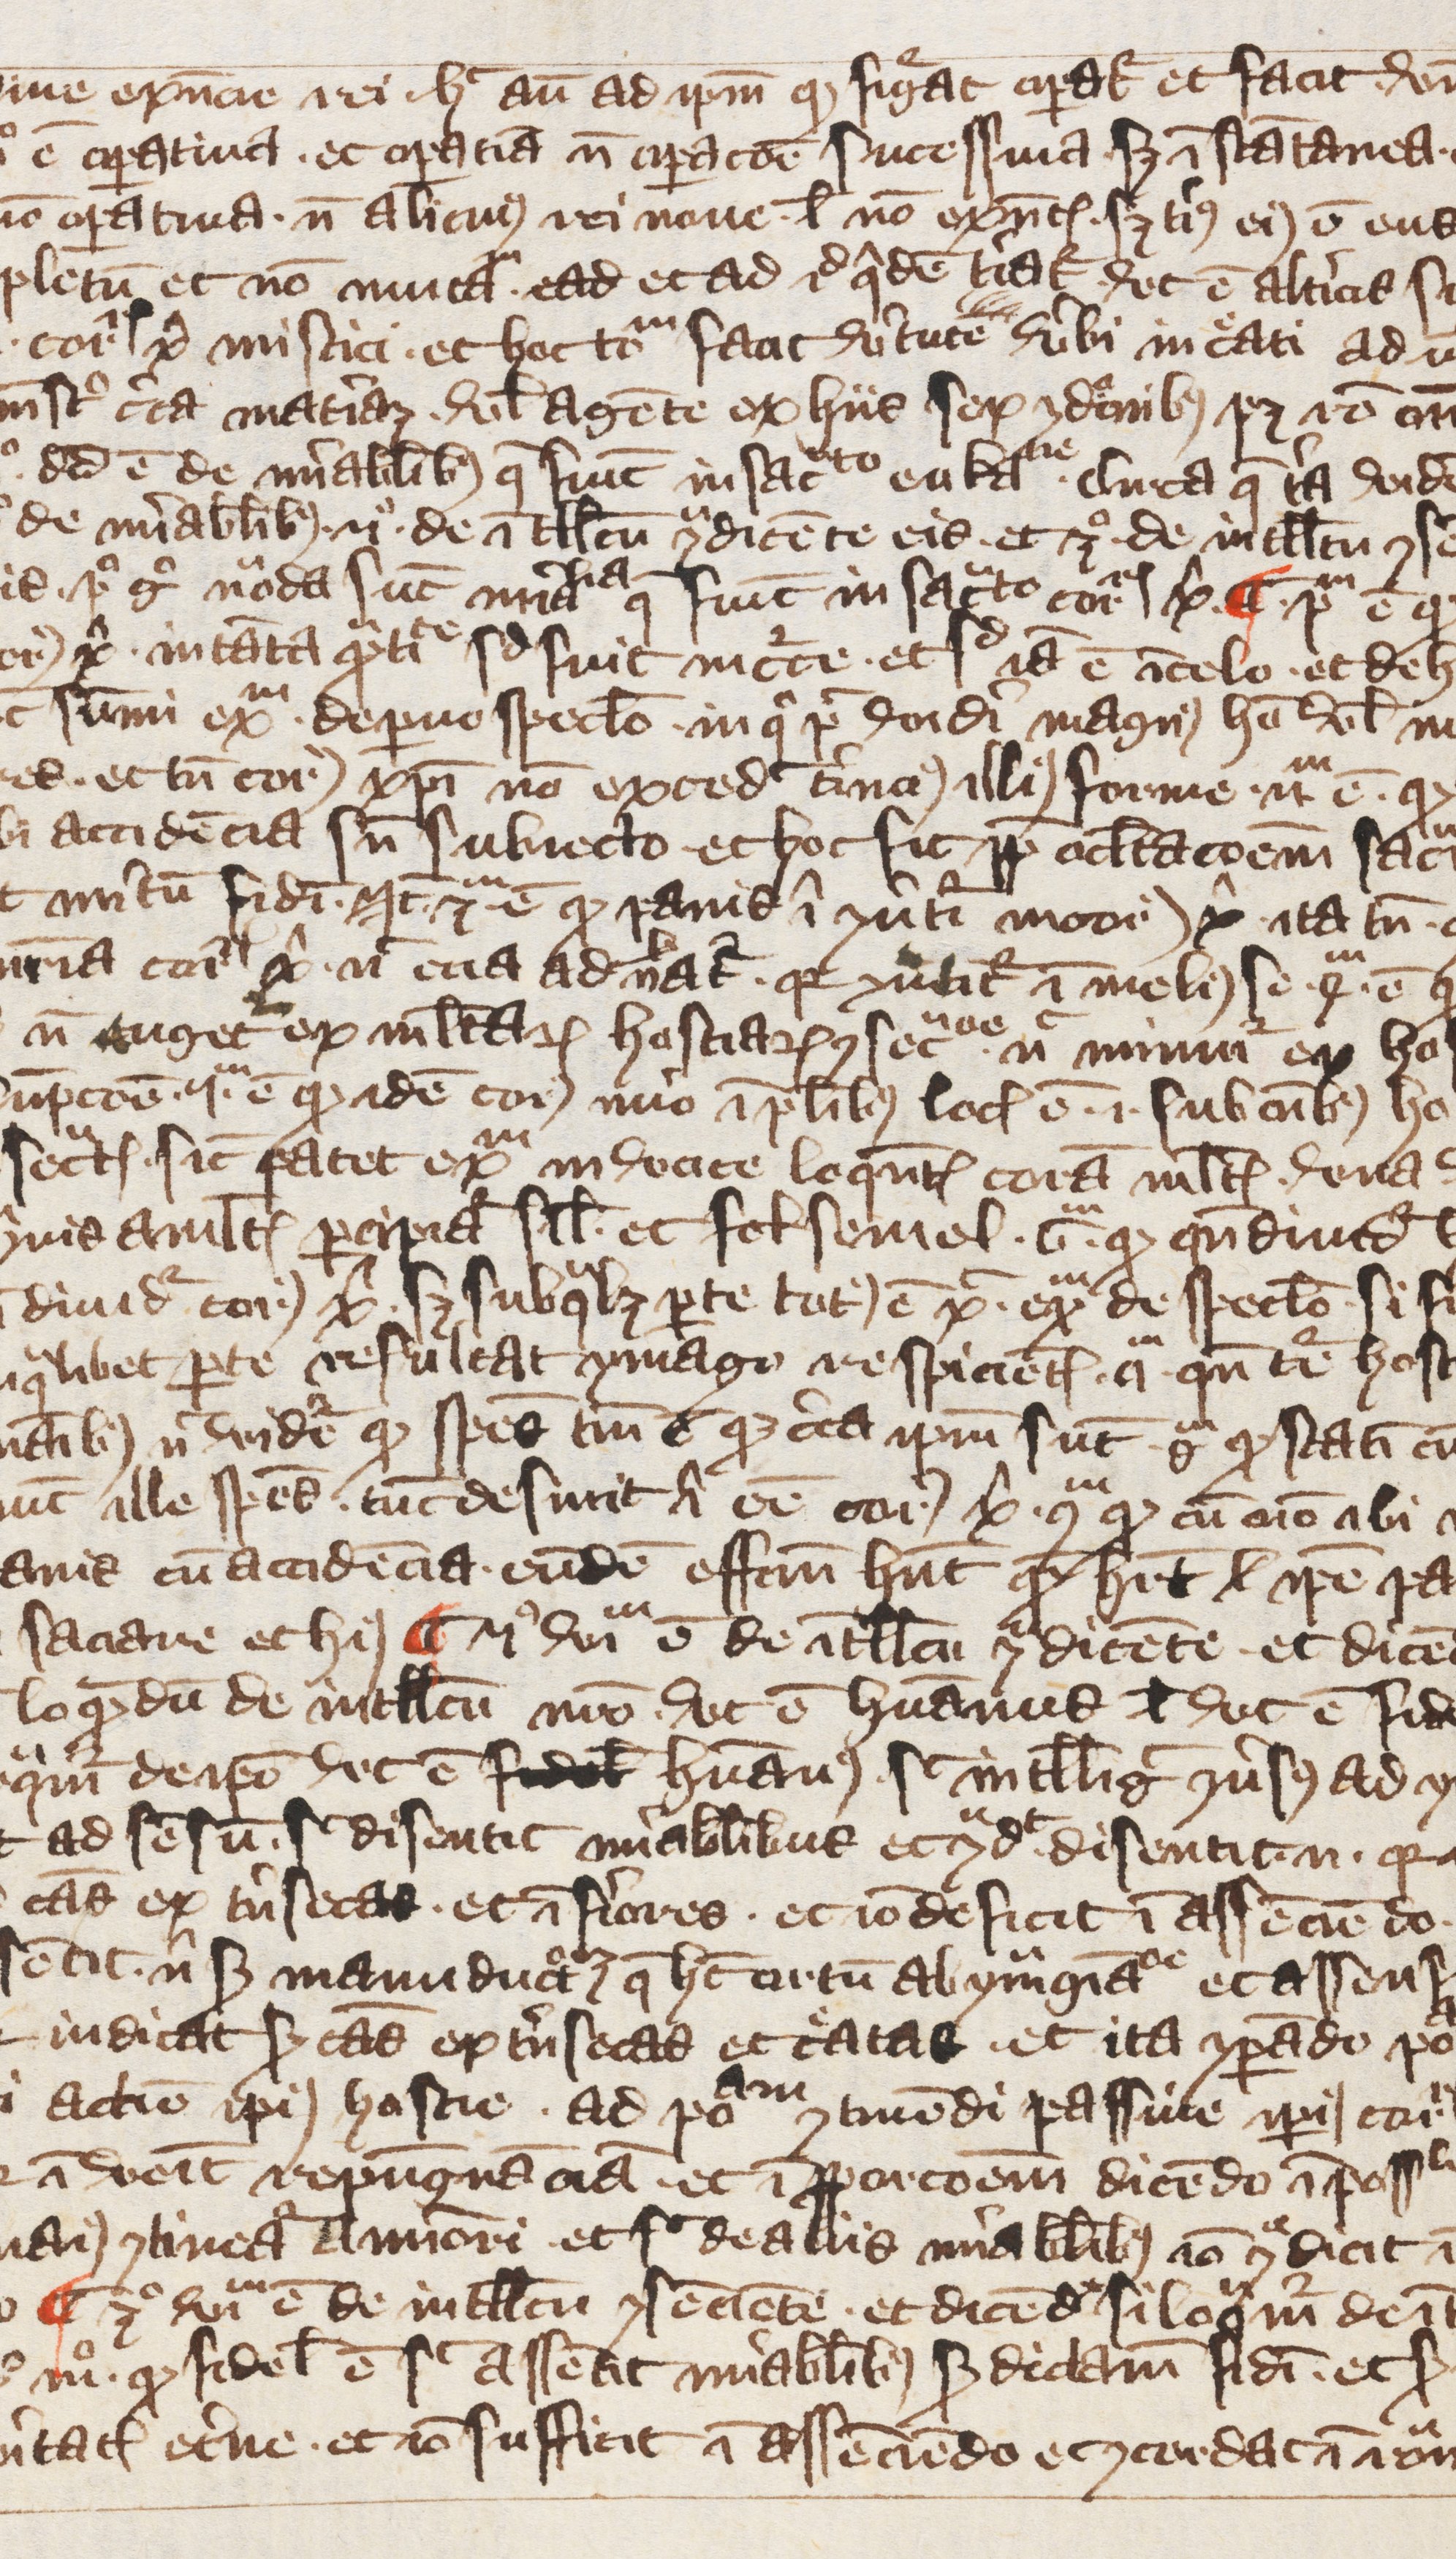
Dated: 1391–1421